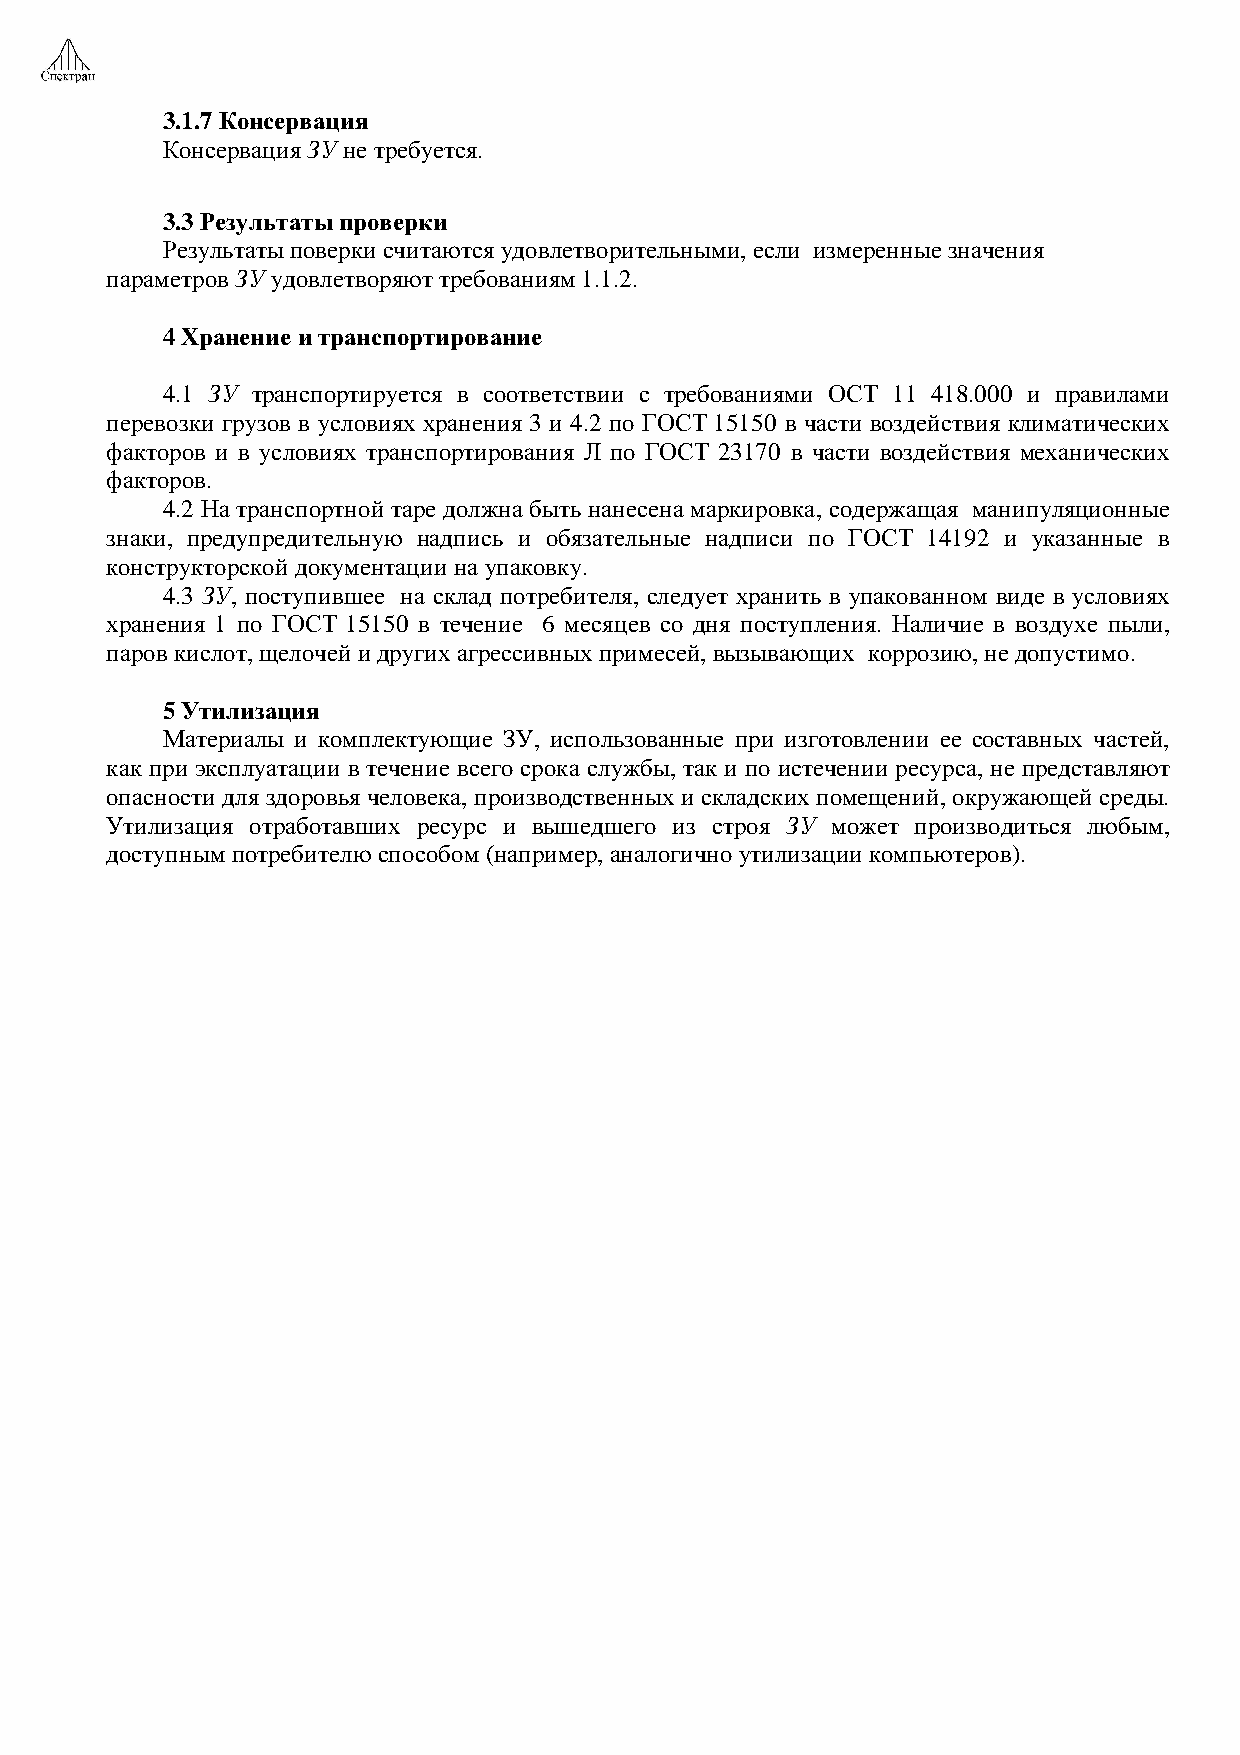
3.1.7 Консервация
 Консервация ЗУ не требуется.
 3.3 Результаты проверки
 Результаты поверки считаются удовлетворительными, если измеренные значения
 параметров ЗУ удовлетворяют требованиям 1.1.2.
 4 Хранение и транспортирование
 4.1 ЗУ транспортируется в соответствии с требованиями ОСТ 11 418.000 и правилами
 перевозки грузов в условиях хранения 3 и 4.2 по ГОСТ 15150 в части воздействия климатических
 факторов и в условиях транспортирования Л по ГОСТ 23170 в части воздействия механических
 факторов.
 4.2 На транспортной таре должна быть нанесена маркировка, содержащая манипуляционные
 знаки, предупредительную надпись и обязательные надписи по ГОСТ 14192 и указанные в
 конструкторской документации на упаковку.
 4.3 ЗУ, поступившее на склад потребителя, следует хранить в упакованном виде в условиях
 хранения 1 по ГОСТ 15150 в течение 6 месяцев со дня поступления. Наличие в воздухе пыли,
 паров кислот, щелочей и других агрессивных примесей, вызывающих коррозию, не допустимо.
 5 Утилизация
 Материалы и комплектующие ЗУ, использованные при изготовлении ее составных частей,
 как при эксплуатации в течение всего срока службы, так и по истечении ресурса, не представляют
 опасности для здоровья человека, производственных и складских помещений, окружающей среды.
 Утилизация отработавших ресурс и вышедшего из строя ЗУ может производиться любым,
 доступным потребителю способом (например, аналогично утилизации компьютеров).